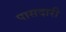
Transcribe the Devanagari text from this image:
पासदारी